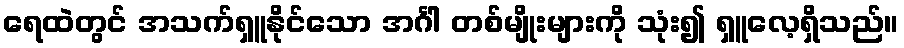
ရေထဲတွင် အသက်ရှူနိုင်သော အင်္ဂါ တစ်မျိုးများကို သုံး၍ ရှူလေ့ရှိသည်။